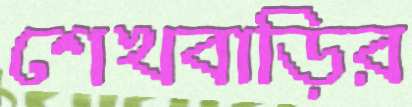
শেখবাড়ির